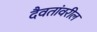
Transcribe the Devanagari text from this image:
दैवतांवरील